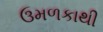
ઉમળકાથી